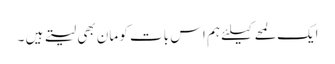
ایک لمحے کیلئے ہم اس بات کو مان بھی لیتے ہیں ۔